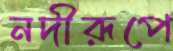
নদীরূপে